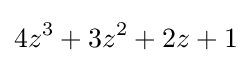
4z^{3}+3z^{2}+2z+1